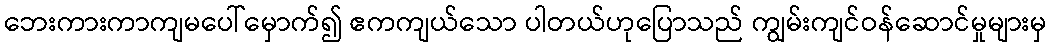
ဘေးကားကာကျမပေါ်မှောက်၍ ဧကကျယ်သော ပါတယ်ဟုပြောသည် ကျွမ်းကျင်ဝန်ဆောင်မှုများမှ